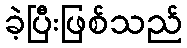
ခဲ့ပြီးဖြစ်သည်